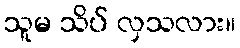
သူမ သိပ် လှသလား။